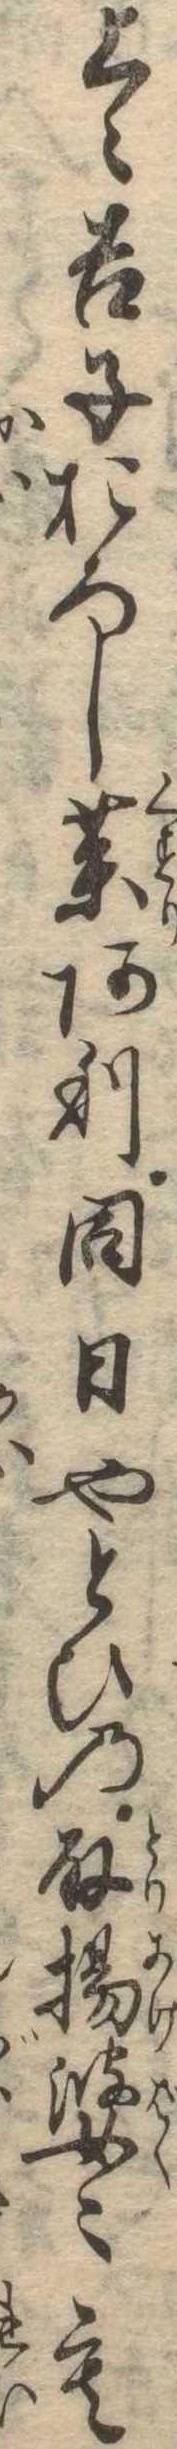
上〻吉子おろし薬あり同日やとひの取揚婆〻も